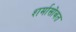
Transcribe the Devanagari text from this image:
शर्मासोबत